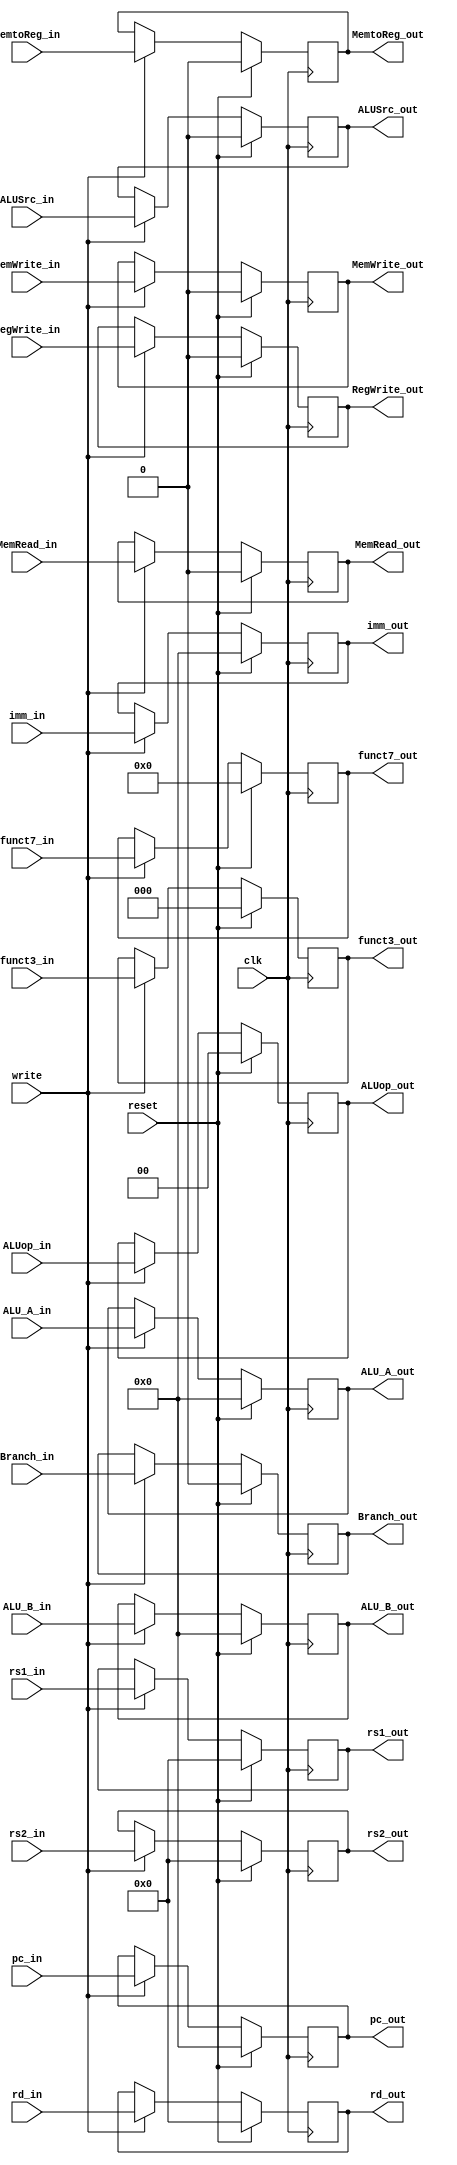
module ID_EX_reg(clk,reset,write,RegWrite_in,MemtoReg_in,MemRead_in,MemWrite_in,ALUSrc_in,Branch_in,ALUop_in,
                                 pc_in,ALU_A_in,ALU_B_in,imm_in,
                                 funct7_in,funct3_in,
                                 rs1_in,rs2_in,rd_in,
                                 
                                 RegWrite_out,MemtoReg_out,MemRead_out,MemWrite_out,ALUSrc_out,Branch_out,ALUop_out,
                                 pc_out,ALU_A_out,ALU_B_out,imm_out,
                                 funct7_out,funct3_out,
                                 rs1_out,rs2_out,rd_out);
  
  input clk,write,reset;
  input RegWrite_in,MemtoReg_in,MemRead_in,MemWrite_in,Branch_in;
  input [1:0] ALUop_in;
  input ALUSrc_in;
  input [31:0] pc_in,ALU_A_in,ALU_B_in,imm_in;
  input [4:0] rs1_in,rs2_in,rd_in;
  input [2:0] funct3_in;
  input [6:0] funct7_in;

  output reg RegWrite_out,MemtoReg_out,MemRead_out,MemWrite_out,Branch_out;
  output reg [1:0] ALUop_out;
  output reg ALUSrc_out;
  output reg [31:0] pc_out,ALU_A_out,ALU_B_out,imm_out;
  output reg [4:0] rs1_out,rs2_out,rd_out;
  output reg [2:0] funct3_out;
  output reg [6:0] funct7_out;
  
  always@(posedge clk) begin
    if (reset) begin
      RegWrite_out <= 1'b0;
      MemtoReg_out <= 1'b0;
      MemRead_out <= 1'b0;
      MemWrite_out <= 1'b0;
      ALUSrc_out <= 1'b0;
      ALUop_out <= 2'b0;
      Branch_out <= 1'b0;
      pc_out <= 32'b0;
      ALU_A_out <= 32'b0;
      ALU_B_out <= 32'b0;
      imm_out <= 32'b0;
      rs1_out <= 5'b0;
      rs2_out <= 5'b0;
      rd_out <= 5'b0;
      funct3_out <= 3'b0;
      funct7_out <= 7'b0;
    end
    else begin
      if (write) begin
        RegWrite_out <= RegWrite_in;
        MemtoReg_out <= MemtoReg_in;
        MemRead_out <= MemRead_in;
        MemWrite_out <= MemWrite_in;
        ALUSrc_out <= ALUSrc_in;
        ALUop_out <= ALUop_in;
        Branch_out <= Branch_in;
        pc_out <= pc_in;
        ALU_A_out <= ALU_A_in;
        ALU_B_out <= ALU_B_in;
        imm_out <= imm_in;
        rs1_out <= rs1_in;
        rs2_out <= rs2_in;
        rd_out <= rd_in;
        funct3_out <= funct3_in;
        funct7_out <= funct7_in;
      end
    end
  end

endmodule